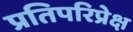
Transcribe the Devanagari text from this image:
प्रतिपरिप्रेक्ष